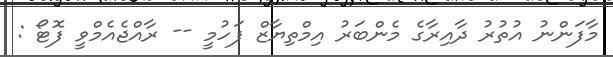
މާފަންނު އުތުރު ދާއިރާގެ މެންބަރު އިމްތިޔާޒް ފަހުމީ -- ރާއްޖެއެމްވީ ފޮޓޯ :